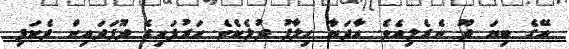
އޭގެ ބިޔަ ދޫ ނެރެލިއެވެ. އާދަޔާ ހިލާފު ދުލެކެވެ. ހަރުފައިގެ ދޫފަދައިން ދެކަފި